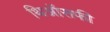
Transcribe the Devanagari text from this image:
थिऑसफी